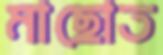
মাছোত